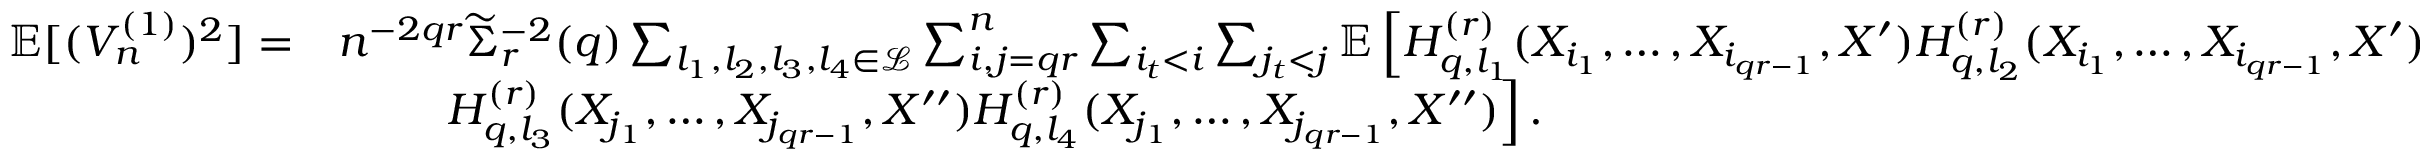
\begin{array} { r l } { \mathbb { E } [ ( V _ { n } ^ { ( 1 ) } ) ^ { 2 } ] = } & { n ^ { - 2 q r } \widetilde \Sigma _ { r } ^ { - 2 } ( q ) \sum _ { l _ { 1 } , l _ { 2 } , l _ { 3 } , l _ { 4 } \in \mathcal { L } } \sum _ { i , j = q r } ^ { n } \sum _ { i _ { t } < i } \sum _ { j _ { t } < j } \mathbb { E } \left[ H _ { q , l _ { 1 } } ^ { ( r ) } ( X _ { i _ { 1 } } , \ldots , X _ { i _ { q r - 1 } } , X ^ { \prime } ) H _ { q , l _ { 2 } } ^ { ( r ) } ( X _ { i _ { 1 } } , \ldots , X _ { i _ { q r - 1 } } , X ^ { \prime } ) \right. } \\ & { ~ ~ ~ ~ ~ ~ ~ \left. H _ { q , l _ { 3 } } ^ { ( r ) } ( X _ { j _ { 1 } } , \ldots , X _ { j _ { q r - 1 } } , X ^ { \prime \prime } ) H _ { q , l _ { 4 } } ^ { ( r ) } ( X _ { j _ { 1 } } , \ldots , X _ { j _ { q r - 1 } } , X ^ { \prime \prime } ) \right] . } \end{array}